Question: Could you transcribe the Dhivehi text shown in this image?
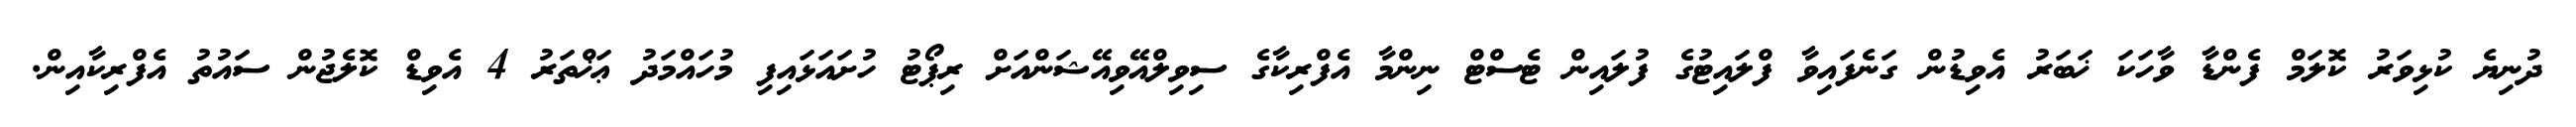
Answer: ދުނިޔެ ކުޅިވަރު ކޮލަމް ފެންޑާ ވާހަކަ ޚަބަރު އެވިޑުން ގަނެފައިވާ ފްލައިޓުގެ ފުލައިން ޓެސްޓް ނިންމާ އެފްރިކާގެ ސިވިލްއޭވިއޭޝަންއަށް ރިޕޯޓު ހުށައަޅައިފި މުހައްމަދު ޢަޚްތަރު 4 އެވިޑް ކޮލެޖުން ސައުތު އެފްރިކާއިން.